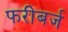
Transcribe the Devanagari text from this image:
फरीबर्ज